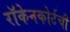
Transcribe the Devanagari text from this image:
रॉकेनकोर्टची